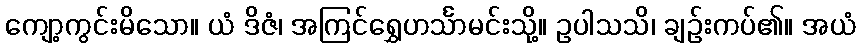
ကျော့ကွင်းမိသော။ ယံ ဒိဇံ၊ အကြင်ရွှေဟင်္သာမင်းသို့။ ဥပါသသိ၊ ချဉ်းကပ်၏။ အယံ